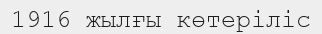
1916 жылғы көтеріліс